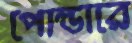
পোল্ডারে